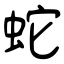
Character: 蛇